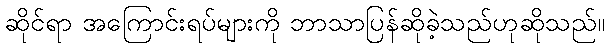
ဆိုင်ရာ အကြောင်းရပ်များကို ဘာသာပြန်ဆိုခဲ့သည်ဟုဆိုသည်။